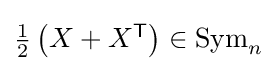
{\textstyle {\frac {1}{2}}\left(X+X^{\textsf {T}}\right)\in {\mbox{Sym}}_{n}}